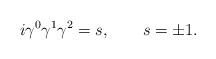
LaTeX: \begin{align*}i\gamma^0\gamma^1\gamma^2=s, \qquad s=\pm1.\end{align*}